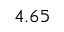
4 . 6 5